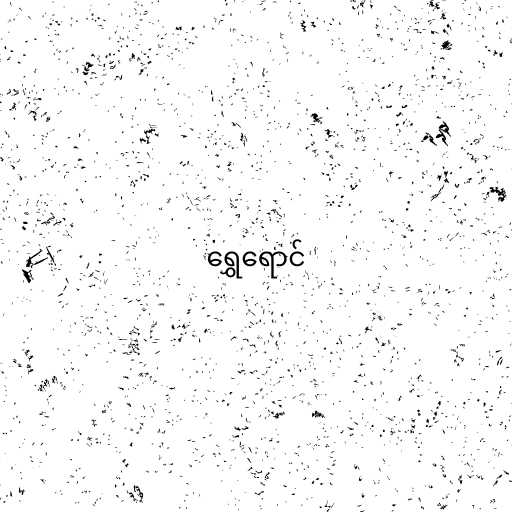
ရွှေရောင်